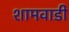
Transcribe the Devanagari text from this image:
शामवाडी